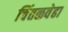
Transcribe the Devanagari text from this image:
चिंतळवेढा